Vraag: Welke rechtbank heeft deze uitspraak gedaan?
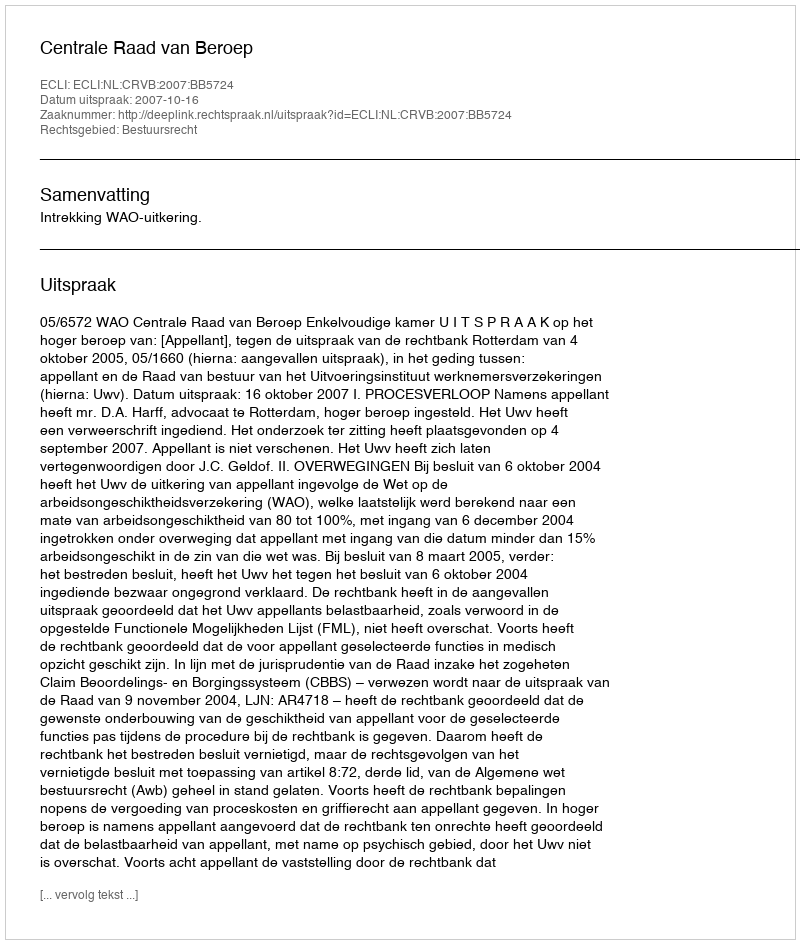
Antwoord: Centrale Raad van Beroep